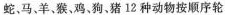
蛇，马、羊、猴，鸡，狗、猪 12 种动物按顺序轮